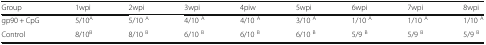
<table><thead><tr><td><b>Group</b></td><td><b>1wpi</b></td><td><b>2wpi</b></td><td><b>3wpi</b></td><td><b>4piw</b></td><td><b>5wpi</b></td><td><b>6wpi</b></td><td><b>7wpi</b></td><td><b>8wpi</b></td></tr></thead><tbody><tr><td>gp90 + CpG</td><td>5/10<sup>A</sup></td><td>5/10 <sup>A</sup></td><td>4/10 <sup>A</sup></td><td>4/10 <sup>A</sup></td><td>3/10 <sup>A</sup></td><td>1/10 <sup>A</sup></td><td>1/10 <sup>A</sup></td><td>1/10 <sup>A</sup></td></tr><tr><td>Control</td><td>8/10<sup>B</sup></td><td>8/10 <sup>B</sup></td><td>6/10 <sup>B</sup></td><td>6/10 <sup>B</sup></td><td>6/10 <sup>B</sup></td><td>5/9 <sup>B</sup></td><td>5/9 <sup>B</sup></td><td>5/9 <sup>B</sup></td></tr></tbody></table>